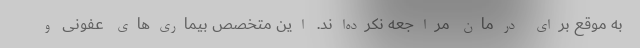
به موقع برای درمان مراجعه نکرده‌اند. این متخصص بیماری‌های عفونی و